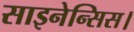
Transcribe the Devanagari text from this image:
साइनेन्सिस।